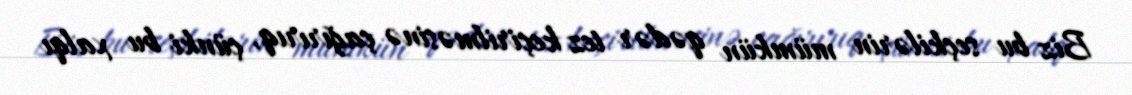
Biz bu seçkilərin mümkün qədər tez keçirilməsinə çağırırıq, çünki bu xalqı